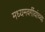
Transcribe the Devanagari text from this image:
मध्यमवर्गीयांच्या